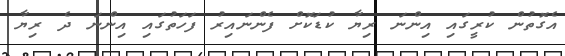
އެގޮތުން ކުރީގައި އިންނަ ރިޔާ ކުޑަކޮށް ފެންނައިރު ފަހަތުގައި އިންނަ ދެ ރިޔާ